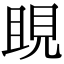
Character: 𧠢